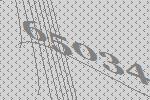
65034